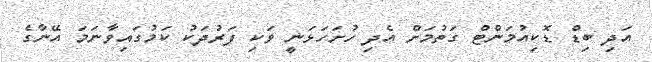
އަދި ބިޑް ޑޮކިއުމަންޓް ގަތުމަށް އެދި ހުށަހަޅަނީ ވަކި ފަރުދަކު ކަމުގައިވާނަމަ އޭނާގެ